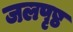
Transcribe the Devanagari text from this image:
जलपृष्ठ